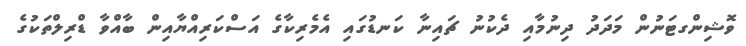
ވޮޝިންގޓަނުން މަދަދު ދިނުމާއި ދެކުނު ޗައިނާ ކަނޑުގައި އެމެރިކާގެ އަސްކަރިއްޔާއިން ބާއްވާ ޑްރިލްތަކުގެ